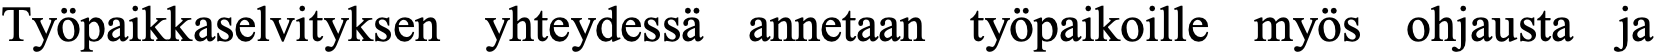
Työpaikkaselvityksen yhteydessä annetaan työpaikoille myös ohjausta ja